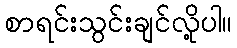
စာရင်းသွင်းချင်လို့ပါ။